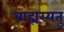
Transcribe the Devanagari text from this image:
ब्राह्मस्यतु